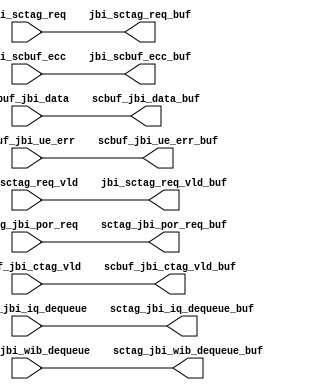
module rep_jbi_sc3_2(/*AUTOARG*/
   // Outputs
   jbi_sctag_req_buf, scbuf_jbi_data_buf, jbi_scbuf_ecc_buf, 
   jbi_sctag_req_vld_buf, scbuf_jbi_ctag_vld_buf, 
   scbuf_jbi_ue_err_buf, sctag_jbi_iq_dequeue_buf, 
   sctag_jbi_wib_dequeue_buf, sctag_jbi_por_req_buf, 
   // Inputs
   jbi_sctag_req, scbuf_jbi_data, jbi_scbuf_ecc, jbi_sctag_req_vld, 
   scbuf_jbi_ctag_vld, scbuf_jbi_ue_err, sctag_jbi_iq_dequeue, 
   sctag_jbi_wib_dequeue, sctag_jbi_por_req
   );

   output [31:0]        jbi_sctag_req_buf;         
   output [31:0]        scbuf_jbi_data_buf;        
   output [6:0]         jbi_scbuf_ecc_buf;         
   output               jbi_sctag_req_vld_buf;     
   output               scbuf_jbi_ctag_vld_buf;
   output               scbuf_jbi_ue_err_buf;      
   output		sctag_jbi_iq_dequeue_buf;
   output		sctag_jbi_wib_dequeue_buf;
   output		sctag_jbi_por_req_buf;

   input [31:0]        jbi_sctag_req;         
   input [31:0]        scbuf_jbi_data;        
   input [6:0]         jbi_scbuf_ecc;         
   input               jbi_sctag_req_vld;     
   input               scbuf_jbi_ctag_vld;
   input               scbuf_jbi_ue_err;      
   input	       sctag_jbi_iq_dequeue;
   input	       sctag_jbi_wib_dequeue;
   input	       sctag_jbi_por_req;

// This repeater bank is a row of flops 
// There are a maximum of 10 flops per row.


assign		jbi_sctag_req_buf = jbi_sctag_req ;
assign		scbuf_jbi_data_buf = scbuf_jbi_data ;
assign		jbi_scbuf_ecc_buf[6:0] = jbi_scbuf_ecc[6:0] ;
assign		jbi_sctag_req_vld_buf = jbi_sctag_req_vld ;
assign		scbuf_jbi_ctag_vld_buf = scbuf_jbi_ctag_vld ;
assign		scbuf_jbi_ue_err_buf = scbuf_jbi_ue_err ;
assign		sctag_jbi_iq_dequeue_buf = sctag_jbi_iq_dequeue ;
assign		sctag_jbi_wib_dequeue_buf =  sctag_jbi_wib_dequeue;
assign		sctag_jbi_por_req_buf = sctag_jbi_por_req ;

endmodule